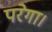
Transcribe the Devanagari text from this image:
परेगा।